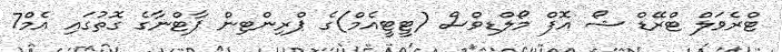
ޓްރެވަލް ޓްރޭޑް ޝޯ އޮފް މޯލްޑިވްސް (ޓީޓީއެމް)ގެ ޕްރިންޓިން ޕާޓްނާގެ ގޮތުގައި އެމް7